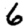
Digit: 6